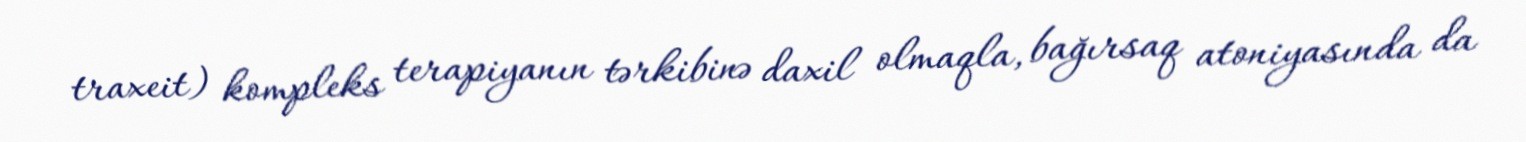
traxeit) kompleks terapiyanın tərkibinə daxil olmaqla, bağırsaq atoniyasında da